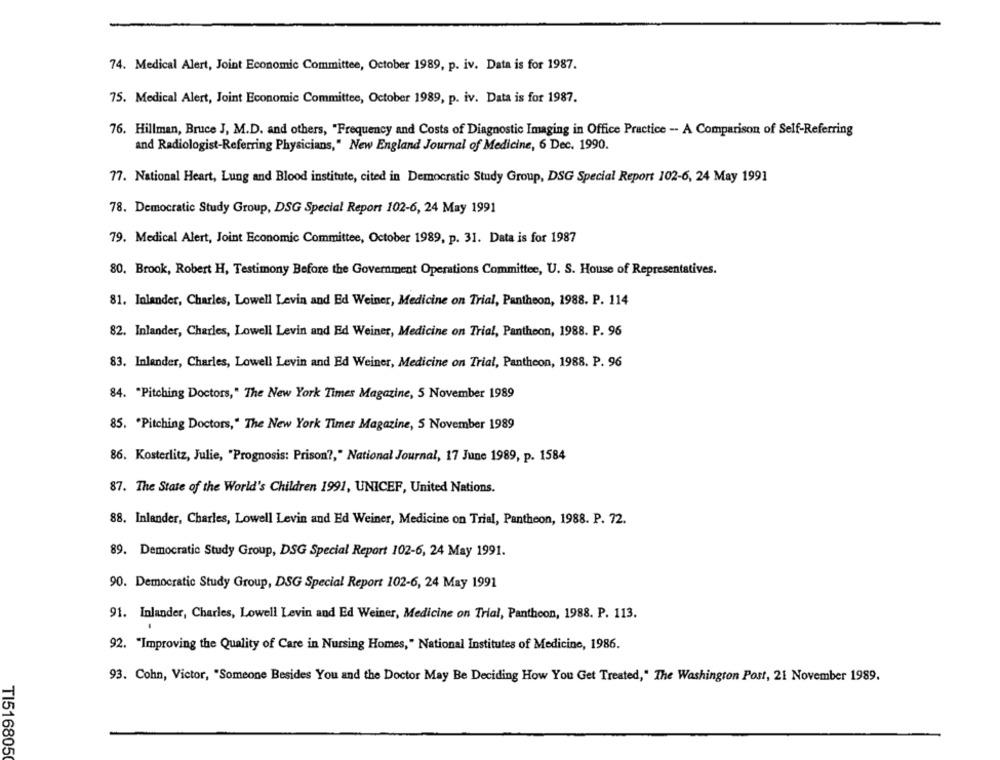
74. Medical Alert, Joint Economic Committee, October 1989, p. iv. Data is for 1987.
75. Medical Alert, Joint Economic Committee, October 1989, p. iv. Data is for 1987.
76. Hillman, Bruce J, M.D. and others, "Frequency and Costs of Diagnostic Imaging in Office Practice -- A Comparison of Self-Referring
and Radiologist-Referring Physicians," New England Journal of Medicine, 6 Dec. 1990.
77. National Heart, Lung and Blood institute, cited in Democratic Study Group, DSG Special Report 102-6, 24 May 1991
78. Democratic Study Group, DSG Special Report 102-6, 24 May 1991
79. Medical Alert, Joint Economic Committee, October 1989, p. 31. Data is for 1987
80. Brook, Robert H, Testimony Before the Government Operations Committee, U. S. House of Representatives.
81. Inlander, Charles, Lowell Levin and Ed Weiner, Medicine on Trial, Pantheon, 1988. P. 114
82. Inlander, Charles, Lowell Levin and Ed Weiner, Medicine on Trial, Pantheon, 1988. P. 96
83. Inlender, Charles, Lowell Levin and Ed Weiner, Medicine on Trial, Pantheon, 1988. P. 96
84. "Pitching Doctors," The New York Times Magazine, 5 November 1989
85. "Pitching Doctors," The New York Times Magazine, 5 November 1989
86. Kosterlitz, Julie, "Prognosis: Prison ?, " National Journal, 17 June 1989, p. 1584
87. The State of the World's Children 1991, UNICEF, United Nations.
88. Inlander, Charles, Lowell Levin and Ed Weiner, Medicine on Trial, Pantheon, 1988. P. 72.
89. Democratic Study Group, DSG Special Report 102-6, 24 May 1991.
90. Democratic Study Group, DSG Special Report 102-6, 24 May 1991
91. Inlander, Charles, Lowell Levin and Ed Weiner, Medicine on Trial, Pantheon, 1988. P. 113.
92. "Improving the Quality of Care in Nursing Homes," National Institutes of Medicine, 1986.
93. Cohn, Victor, "Someone Besides You and the Doctor May Be Deciding How You Get Treated," The Washington Post, 21 November 1989.
TI5168050